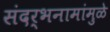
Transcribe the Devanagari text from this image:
संदर्भनामांमुळे